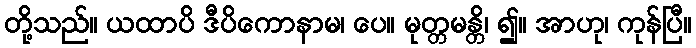
တို့သည်။ ယထာပိ ဒီပိကောနာမ၊ ပေ။ မုတ္တမန္တိ၊ ၍။ အာဟု၊ ကုန်ပြီ။